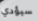
سيؤدي